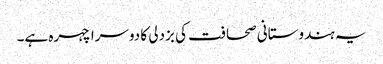
یہ ہندوستانی صحافت کی بزدلی کا دوسرا چہرہ ہے۔